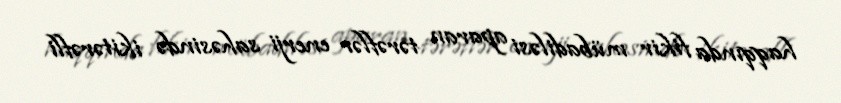
haqqında fikir mübadiləsi aparan tərəflər enerji sahəsində ikitərəfli